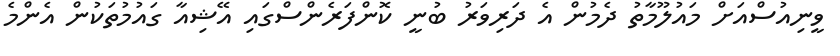
ވީނިއުސްއަށް މައުލޫމާތު ދެމުން އެ ދަރިވަރު ބުނީ ކޮންފަރެންސްގައި އޭޝިއާ ގައުމުތަކުން އެންމެ